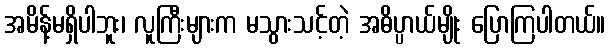
အမိန့်မရှိပါဘူး၊ လူကြီးများက မသွားသင့်တဲ့ အဓိပ္ပာယ်မျိုး ပြောကြပါတယ်။